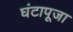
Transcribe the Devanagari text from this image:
घंटापूजा